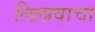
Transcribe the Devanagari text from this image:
लिलावाचा